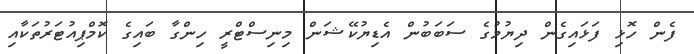
ފެން ހޮޅި ފަޅައިގެން ދިޔުމުގެ ސަބަބުން އެޑިޔުކޭޝަން މިނިސްޓްރީ ހިންގާ ބައިގެ ކޮމްޕިއުޓަރުތަކާއި